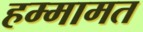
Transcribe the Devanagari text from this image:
हम्मामत